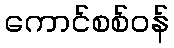
ကောင်စစ်ဝန်